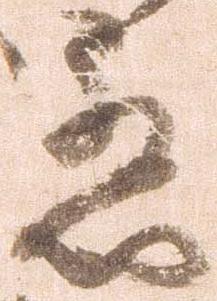
意